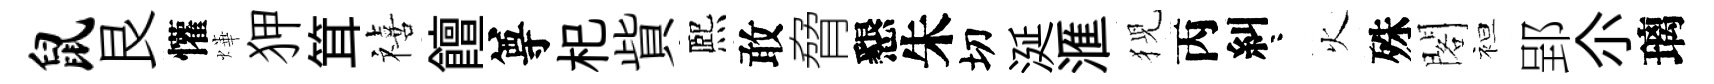
鼠艮懽燁狎䇯禧饘尊𣏌貲熈敢脅懇朱切涎滙猊丙糾咯火殊閣袒郢尒璃